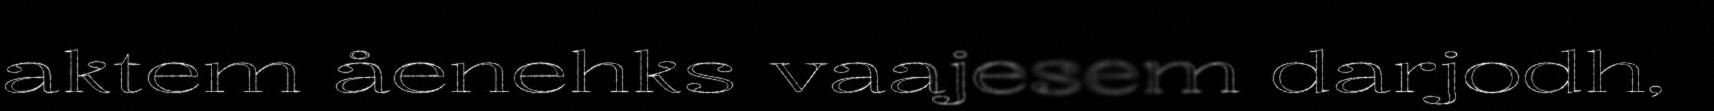
aktem åenehks vaajesem darjodh,